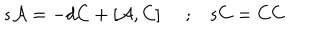
s { \cal A } = - d C + \left[ { \cal A } , C \right] \, \, \, \, \, \, \, ; \, \, \, \, \, s C = C C